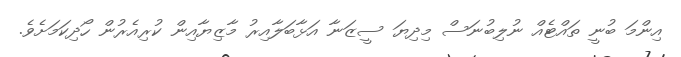
އިންމަ ބުނީ ތައްޓެއް ނުލިބުނަސް މިދިޔަ ސީޒަނާ އަޅާބަލާއިރު މާޒިޔާއިން ކުރިއެރުން ހޯދިކަމަށެވެ.